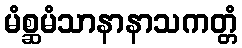
မံစ္ဆမံသာနာနာသကတ္တံ